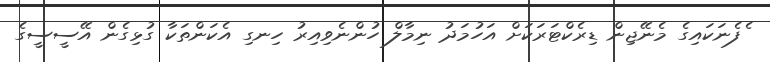
ެފެނަކައިގެ މެނޭޖިން ޑިރެކްޓަރަކަށް އަހުމަދު ނިމާލް ހުންނެވިއިރު ހިނގި އެކަންތަކާ ގުޅިގެން އޭސީސީގެ